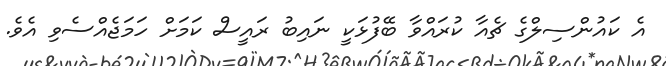
އެ ކައުންސިލްގެ ޗެއާ ކުރައްވާ ބޭފުޅަކީ ނައިބު ރައީސް ކަމަށް ހަމަޖެއްސެވި އެވެ.